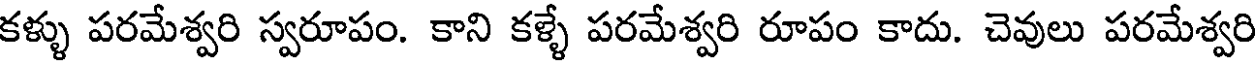
కళ్ళు పరమేశ్వరి స్వరూపం. కాని కళ్ళే పరమేశ్వరి రూపం కాదు. చెవులు పరమేశ్వరి